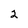
Character: 2